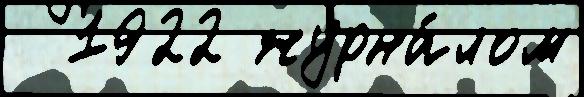
  1922 журна́лом